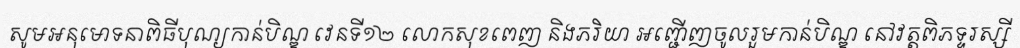
សូមអនុមោទនាពិធីបុណ្យកាន់បិណ្ឌ វេនទី១២ លោកសុខពេញ និងភរិយា អញ្ជើញចូលរួមកាន់បិណ្ឌ នៅវត្តពិភទ្ទរស្សី